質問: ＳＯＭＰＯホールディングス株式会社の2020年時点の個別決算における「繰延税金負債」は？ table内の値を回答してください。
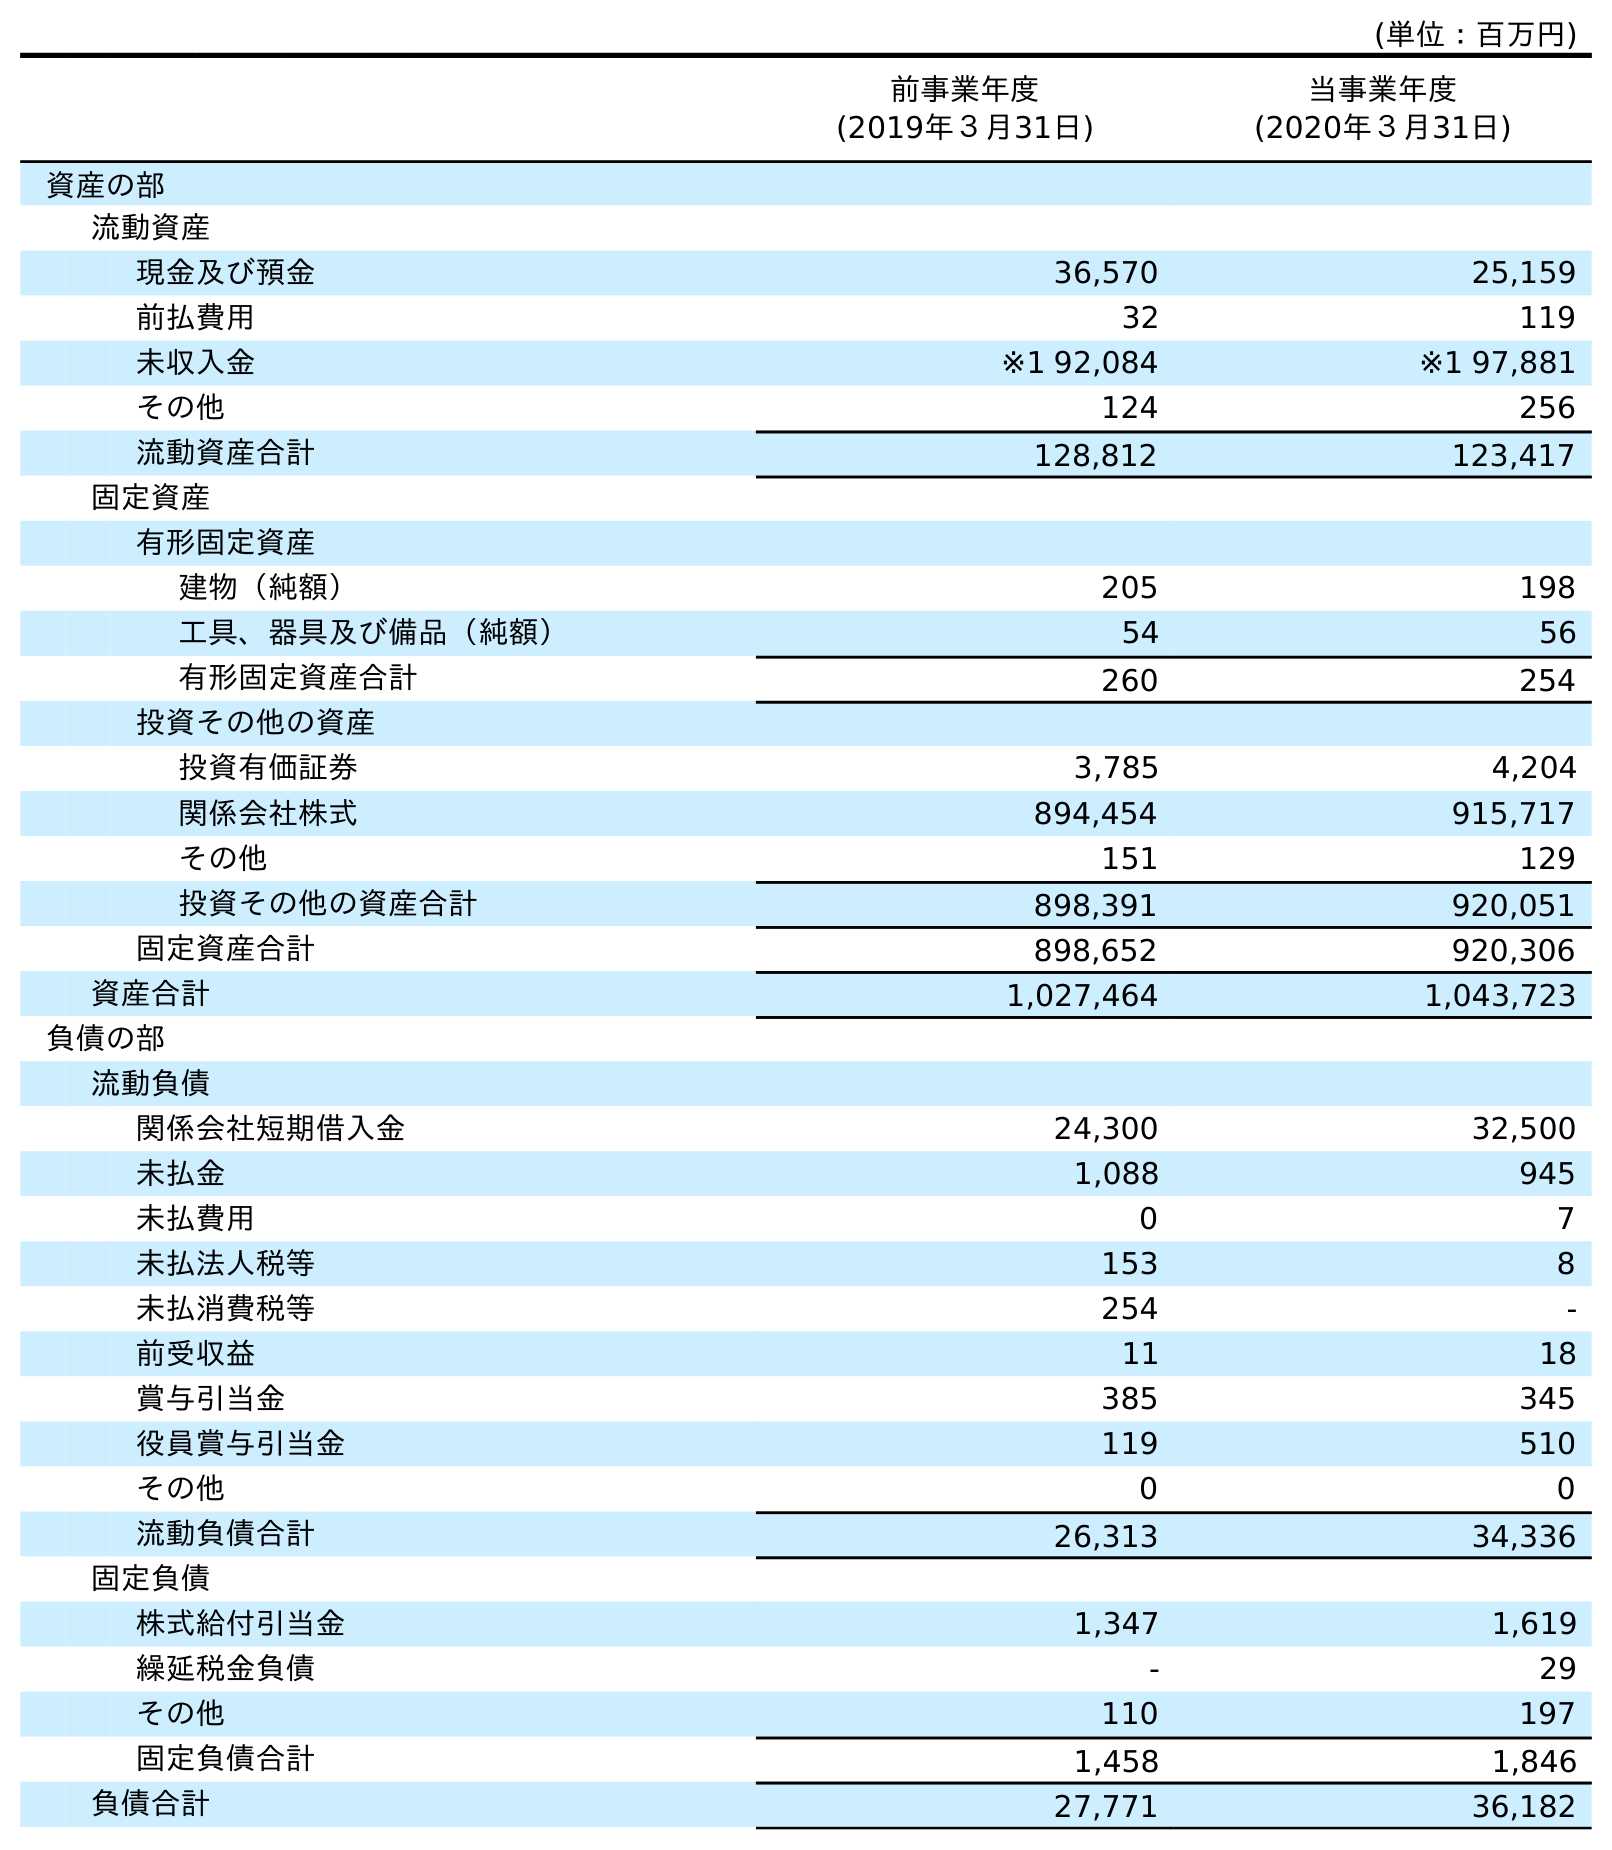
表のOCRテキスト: (単位：百万円) 前事業年度 (2019年３月31日) 当事業年度 (2020年３月31日) 資産の部 流動資産 現金及び預金 36,570 25,159 前払費用 32 119 未収入金 ※1 92,084 ※1 97,881 その他 124 256 流動資産合計 128,812 123,417 固定資産 有形固定資産 建物（純額） 205 198 工具、器具及び備品（純額） 54 56 有形固定資産合計 260 254 投資その他の資産 投資有価証券 3,785 4,204 関係会社株式 894,454 915,717 その他 151 129 投資その他の資産合計 898,391 920,051 固定資産合計 898,652 920,306 資産合計 1,027,464 1,043,723 負債の部 流動負債 関係会社短期借入金 24,300 32,500 未払金 1,088 945 未払費用 0 7 未払法人税等 153 8 未払消費税等 254 - 前受収益 11 18 賞与引当金 385 345 役員賞与引当金 119 510 その他 0 0 流動負債合計 26,313 34,336 固定負債 株式給付引当金 1,347 1,619 繰延税金負債 - 29 その他 110 197 固定負債合計 1,458 1,846 負債合計 27,771 36,182
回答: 29